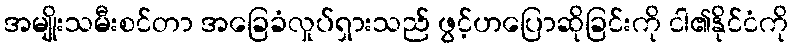
အမျိုးသမီးစင်တာ အခြေခံလှုပ်ရှားသည် ဖွင့်ဟပြောဆိုခြင်းကို ငါ၏နိုင်ငံကို